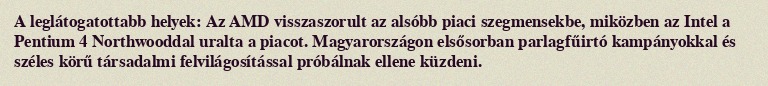
A leglátogatottabb helyek: Az AMD visszaszorult az alsóbb piaci szegmensekbe, miközben az Intel a Pentium 4 Northwooddal uralta a piacot. Magyarországon elsősorban parlagfűirtó kampányokkal és széles körű társadalmi felvilágosítással próbálnak ellene küzdeni.